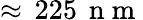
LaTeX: \approx\, 225\, \mathrm{~n~m~}